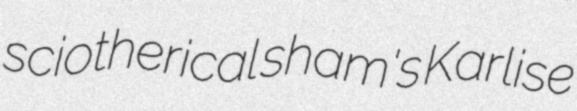
sciotherical sham's Karlise